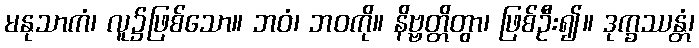
မနုသာကံ၊ လူ၌ဖြစ်သော။ ဘဝံ၊ ဘဝကို။ နိဗ္ဗတ္တိတွာ၊ ဖြစ်ဦး၍။ ဒုက္ခဿန္တံ၊